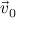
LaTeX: { \vec { v } } _ { 0 }